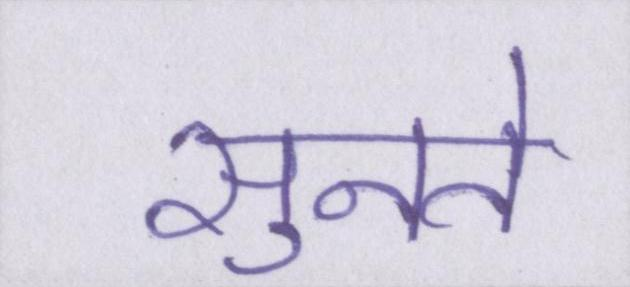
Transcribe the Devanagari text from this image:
सुनते